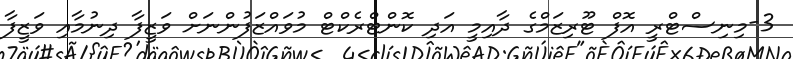
3-މިނިސްޓްރީ އޮފް ޓޫރިޒަމްގެ ދާއިމީ އަދި ކޮންޓްރެކްޓް މުވައްޒަފުންނަށް ވަޒީފާ ދިނުމާއި ވަޒީފާ